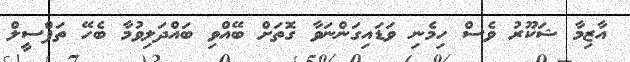
އާޒިމާ ޝަކޫރު ވެސް ހިމެނި ވަޑައިގަންނަވާ ގޮތަށް ބޭއްވި ބައްދަލިވުމާ ބެހޭ ތަފްސީލް